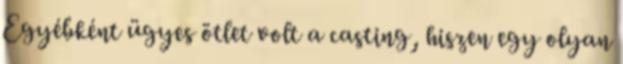
Egyébként ügyes ötlet volt a casting, hiszen egy olyan